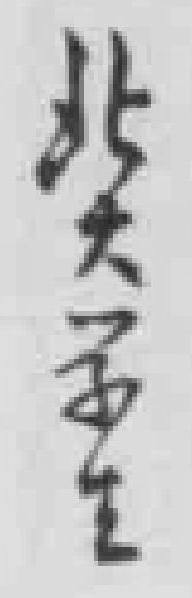
北大学生